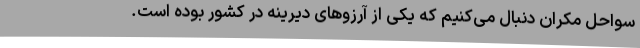
سواحل مکران دنبال می‌کنیم که یکی از آرزوهای دیرینه در کشور بوده است.